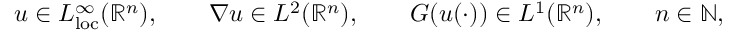
u \in L _ { \mathrm { l o c } } ^ { \infty } ( \mathbb { R } ^ { n } ) , \qquad \nabla u \in L ^ { 2 } ( \mathbb { R } ^ { n } ) , \qquad G ( u ( \cdot ) ) \in L ^ { 1 } ( \mathbb { R } ^ { n } ) , \qquad n \in \mathbb { N } ,